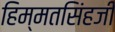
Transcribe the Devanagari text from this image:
हिम्मतसिंहजी